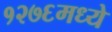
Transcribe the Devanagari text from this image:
१२७६मध्ये